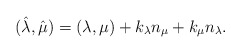
\begin{align*}(\hat{\lambda},\hat{\mu})=(\lambda,\mu)+k_{\lambda}n_{\mu}+k_{\mu}n_{\lambda}.\end{align*}